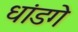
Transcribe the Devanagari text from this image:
धांडगे